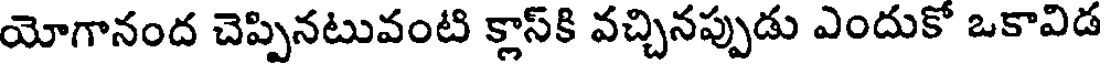
యోగానంద చెప్పినటువంటి క్లాస్కి వచ్చినప్పుడు ఎందుకో ఒకావిడ